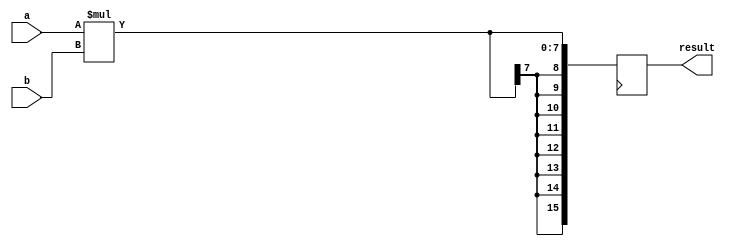
module signed_multiplier (
    input signed [7:0] a,
    input signed [7:0] b,
    output reg signed [15:0] result
);

reg signed [7:0] product;

always @(posedge clk) begin
    product = a * b;
    result = product;
end

endmodule